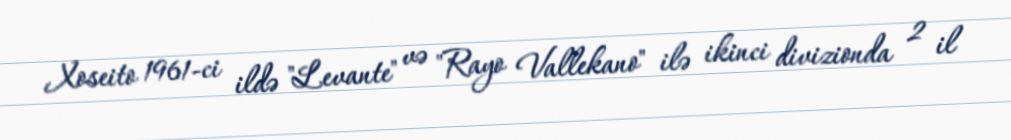
Xoseito 1961-ci ildə "Levante" və "Rayo Vallekano" ilə ikinci divizionda 2 il